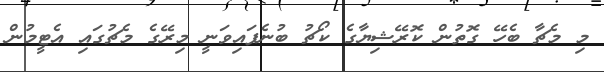
މި މެޗާ ބެހޭ ގޮތުން ކޮރޭޝިޔާގެ ކޯޗު ބުނެފައިވަނީ މިރޭގެ މެޗުގައި އެޓީމުން